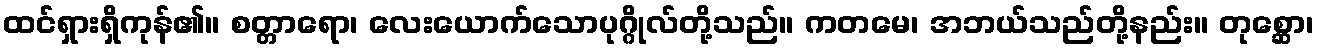
ထင်ရှားရှိကုန်၏။ စတ္တာရော၊ လေးယောက်သောပုဂ္ဂိုလ်တို့သည်။ ကတမေ၊ အဘယ်သည်တို့နည်း။ တုစ္ဆော၊